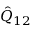
\hat { Q } _ { 1 2 }